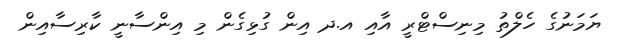
ޔަމަނުގެ ހެލްތު މިނިސްޓްރީ އާއި އ.ދ އިން ގުޅިގެން މި އިންސާނީ ކާރިސާއިން